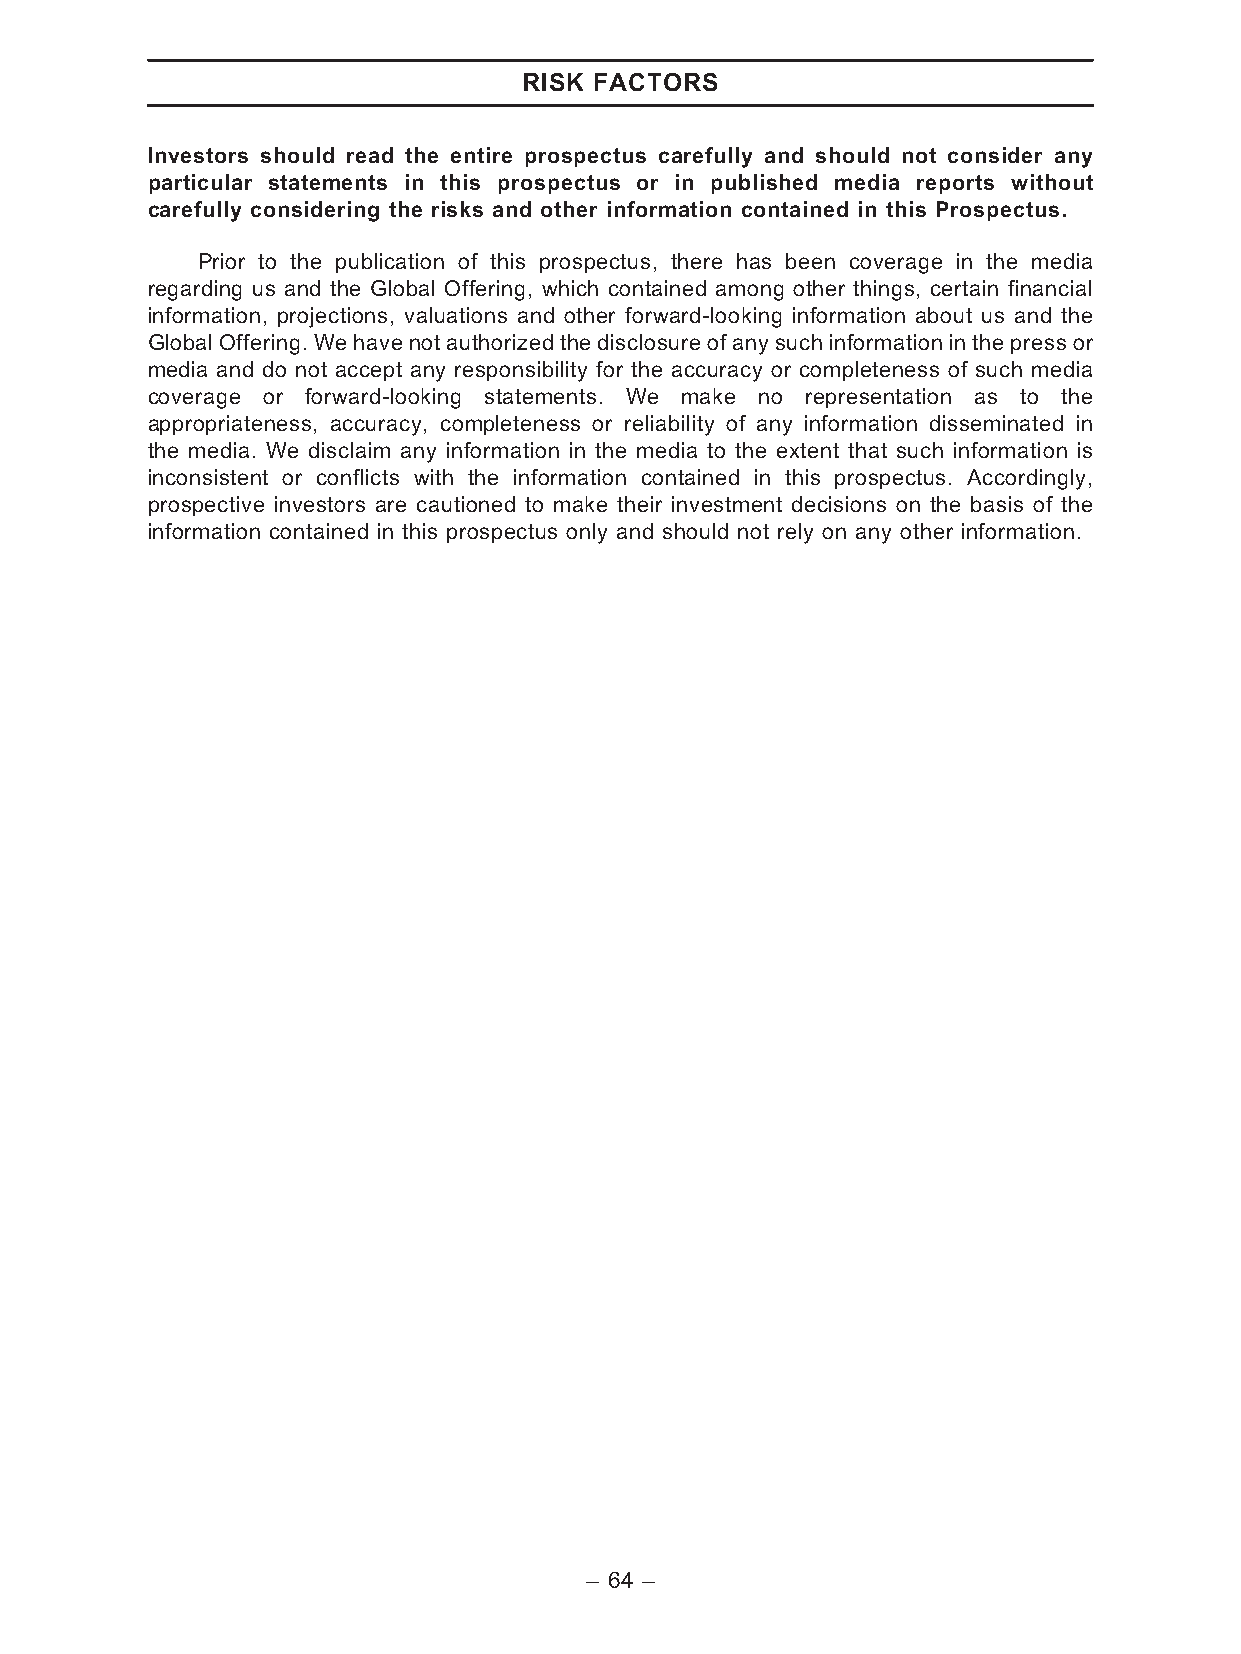
RISK FACTORS
 Investors should read the entire prospectus carefully and should not consider any
 particular statements in this prospectus or in published media reports without
 carefully considering the risks and other information contained in this Prospectus.
 Prior to the publication of this prospectus, there has been coverage in the media
 regarding us and the Global Offering, which contained among other things, certain financial
 information, projections, valuations and other forward-looking information about us and the
 GlobalOffering. We have notauthorizedthe disclosure of anysuch informationin the pressor
 media and do not accept any responsibility for the accuracy or completeness of such media
 coverage or forward-looking statements. We make no representation as to the
 appropriateness, accuracy, completeness or reliability of any information disseminated in
 the media. We disclaim any information in the media to the extent that such information is
 inconsistent or conflicts with the information contained in this prospectus. Accordingly,
 prospective investors are cautioned to make their investment decisions on the basis of the
 information contained in this prospectus only and should not rely on any other information.
 – 64 –